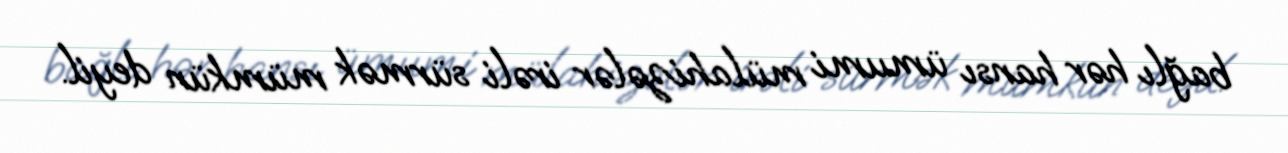
bağlı hər hansı ümumi mülahizələr irəli sürmək mümkün deyil.